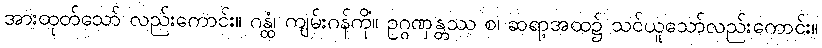
အားထုတ်သော် လည်းကောင်း။ ဂန္ထံ၊ ကျမ်းဂန်ကို။ ဥဂ္ဂဏှန္တဿ စ၊ ဆရာ့အထံ၌ သင်ယူသော်လည်းကောင်း။